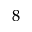
^ 8